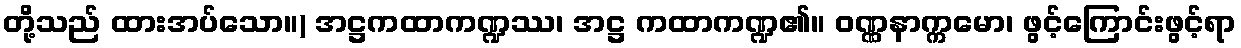
တို့သည် ထားအပ်သော။) အဋ္ဌကထာကဏ္ဍဿ၊ အဋ္ဌ ကထာကဏ္ဍ၏။ ဝဏ္ဏနာက္ကမော၊ ဖွင့်ကြောင်းဖွင့်ရာ